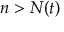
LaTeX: \textstyle n > N ( t )